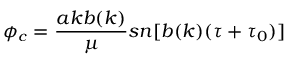
\phi _ { c } = \frac { a k b ( k ) } { \mu } s n [ b ( k ) ( \tau + \tau _ { 0 } ) ]